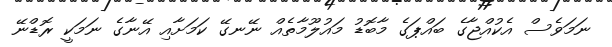
ނަމަވެސް އެކުއްޖާގެ ބައްޕަގެ މާބޮޑު މައުލޫމާތެއް ނޭނގޭ ކަމަށާއި އޭނާގެ ނަމަކީ ރޮޑްނޭ